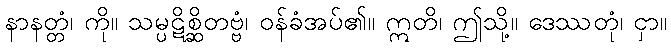
နာနတ္တံ၊ ကို။ သမ္ပဋိစ္ဆိတဗ္ဗံ၊ ဝန်ခံအပ်၏။ ဣတိ၊ ဤသို့။ ဒေဿတုံ၊ ငှာ။